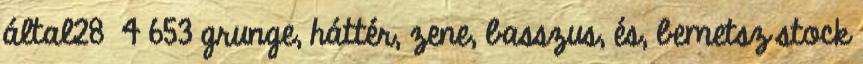
által28 4 653 grunge, háttér, zene, basszus, és, bemetsz stock